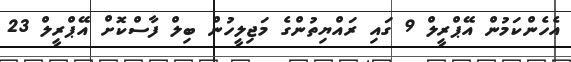
އެހެންކަމުން އޭޕްރީލް 9 ގައި ރައްޔިތުންގެ މަޖިލީހުން ބިލް ފާސްކޮށް އޭޕްރީލް 23